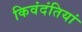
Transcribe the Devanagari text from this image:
किवंदंतियां